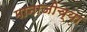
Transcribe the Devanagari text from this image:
मानाजीच्या